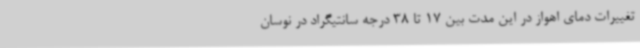
تغییرات دمای اهواز در این مدت بین 17 تا 38 درجه سانتیگراد در نوسان